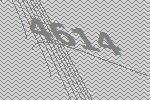
4614